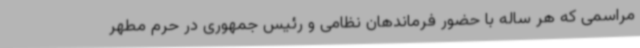
مراسمی که هر ساله با حضور فرماندهان نظامی و رئیس جمهوری در حرم مطهر